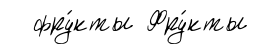
фру́кты Фру́кты